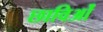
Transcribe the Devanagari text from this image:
छाविओं